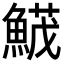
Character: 𩹛